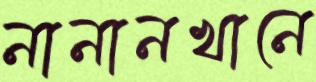
নানানখানে